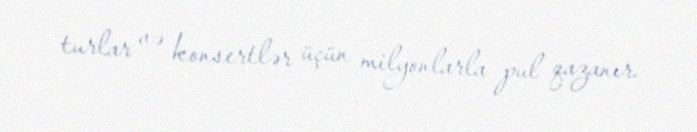
turlar və konsertlər üçün milyonlarla pul qazanır.